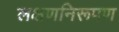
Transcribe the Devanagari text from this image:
लक्षणनिरूपण